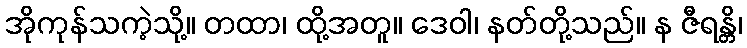
အိုကုန်သကဲ့သို့။ တထာ၊ ထို့အတူ။ ဒေဝါ၊ နတ်တို့သည်။ န ဇီရန္တိ၊